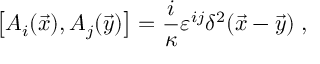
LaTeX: \left[ A _ { i } ( \vec { x } ) , A _ { j } ( \vec { y } ) \right] = \frac { i } { \kappa } \varepsilon ^ { i j } \delta ^ { 2 } ( \vec { x } - \vec { y } ) \; ,